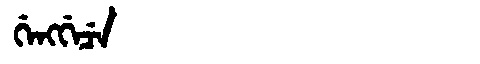
Manchu: ᡤᡝᠩᡤᡝᠴᡝ
Romanization: GENGGECE